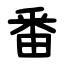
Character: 番